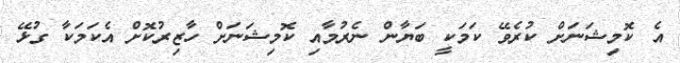
އެ ކޮމިޝަނަށް ކުރެވޭ ކަމަކީ ބަޔާން ނެރުމާއި ކޮމިޝަނަށް ހާޒިރުކޮށް އެކަމަކާ ގުޅޭ